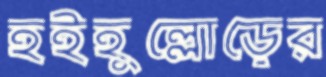
হইহুল্লোড়ের